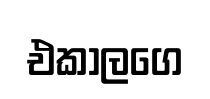
එකාලගෙ